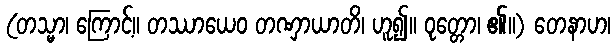
(တသ္မာ၊ ကြောင့်။ တဿာယေဝ တဏှာယာတိ၊ ဟူ၍။ ဝုတ္တော၊ ၏။) တေနာဟ၊